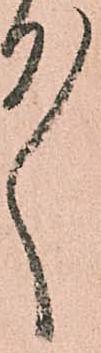
ゝ